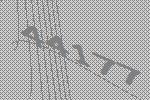
44177